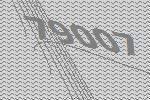
79007